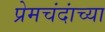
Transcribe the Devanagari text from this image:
प्रेमचंदांच्या